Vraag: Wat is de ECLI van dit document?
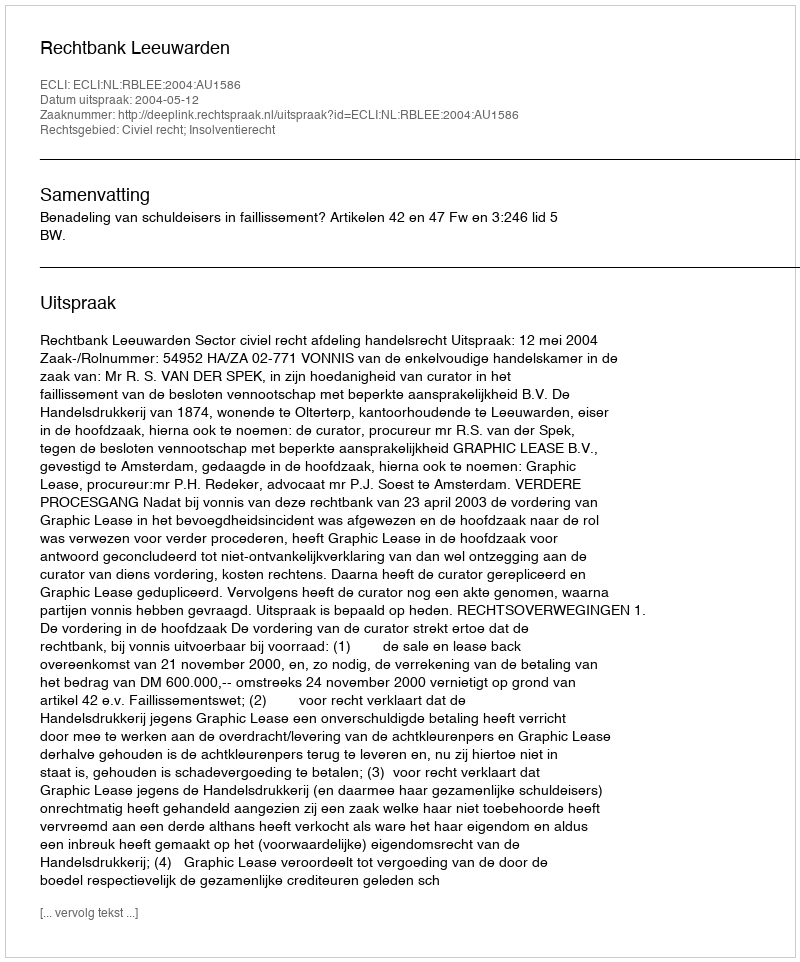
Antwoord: ECLI:NL:RBLEE:2004:AU1586